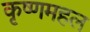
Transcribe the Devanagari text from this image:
कृष्णमहल